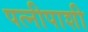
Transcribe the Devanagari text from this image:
पत्नीपाशी